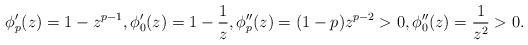
\begin{align*}\phi_p'(z)=1- z^{p-1},\phi_0'(z)=1-\frac{1}{z}, \phi_p''(z)=(1-p) z^{p-2}> 0, \phi_0''(z)=\frac{1}{z^2}> 0.\end{align*}